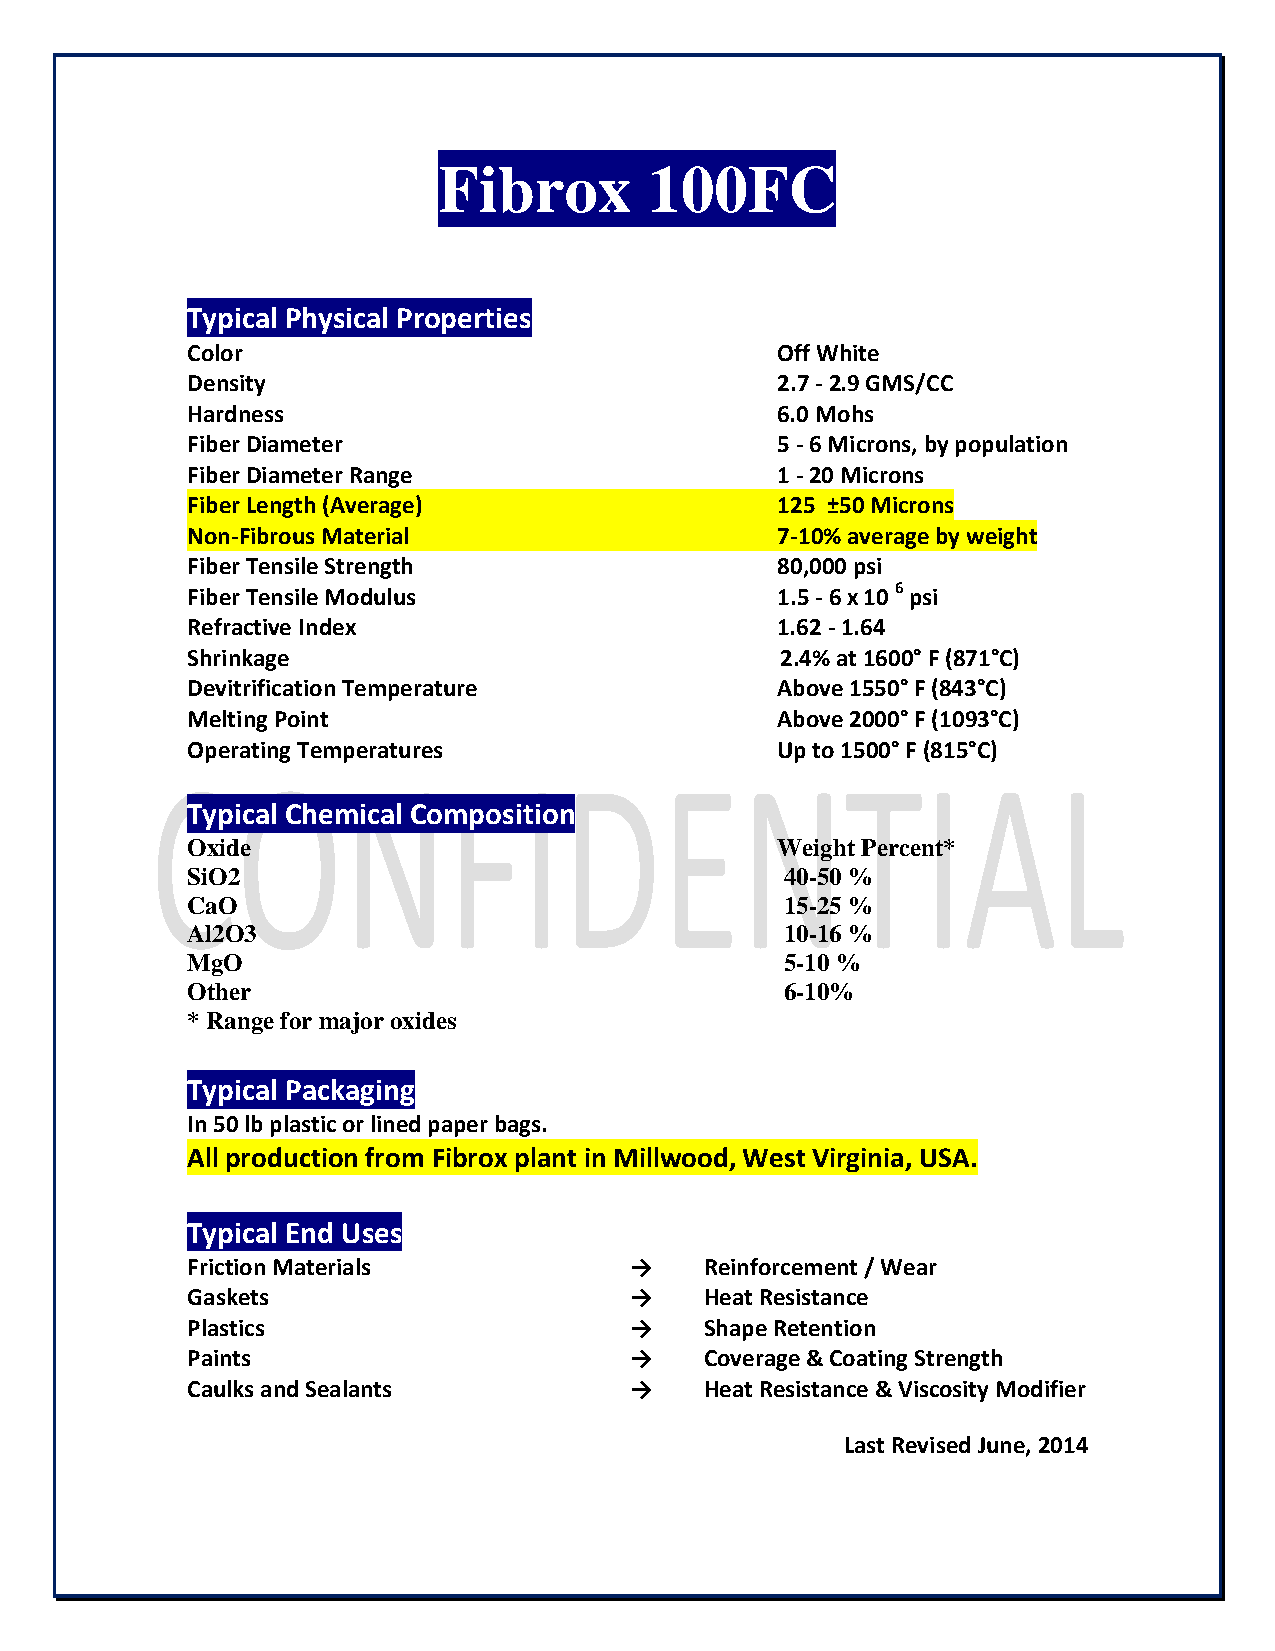
Fibrox        100FC
 Typical Physical Properties
 Color                                  Off White
 Density                                2.7 - 2.9 GMS/CC
 Hardness                               6.0 Mohs
 Fiber Diameter                         5 - 6 Microns, by population
 Fiber Diameter Range                   1 - 20 Microns
 Fiber Length (Average)                 125 ±50 Microns
 Non-Fibrous Material                   7-10% average by weight
 Fiber Tensile Strength                 80,000 psi
 Fiber Tensile Modulus                  1.5 - 6 x 10 6 psi
 Refractive Index                       1.62 - 1.64
 Shrinkage                               2.4% at 1600° F (871°C)
 Devitrification Temperature            Above 1550° F (843°C)
 Melting Point                          Above 2000° F (1093°C)
 Operating Temperatures                 Up to 1500° F (815°C)
 Typical Chemical Composition
 Oxide                                  Weight Percent*
 SiO2                                    40-50 %
 CaO                                     15-25 %
 Al2O3                                   10-16 %
 MgO                                     5-10 %
 Other                                   6-10%
 * Range for major oxides
 Typical Packaging
 In 50 lb plastic or lined paper bags.
 All production from Fibrox plant in Millwood, West Virginia, USA.
 Typical End Uses
 Friction Materials            →    Reinforcement / Wear
 Gaskets                       →    Heat Resistance
 Plastics                      →    Shape Retention
 Paints                        →    Coverage & Coating Strength
 Caulks and Sealants           →    Heat Resistance & Viscosity Modifier
 Last Revised June, 2014